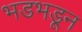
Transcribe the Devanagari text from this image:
भडभडून